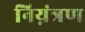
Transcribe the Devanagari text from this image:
निय़ंत्रण